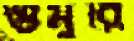
গুমুরি